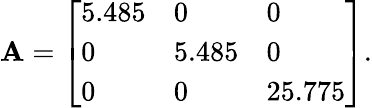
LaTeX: \mathbf{A}=\left[\begin{array}{lll}{5.485}&{0}&{0}\\ {0}&{5.485}&{0}\\ {0}&{0}&{25.775}\end{array}\right].